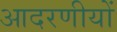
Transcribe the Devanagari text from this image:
आदरणीयों